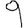
Digit: 9